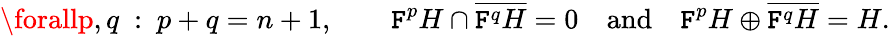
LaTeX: \forallp,q\ :\ p+q=n+1,\qquad\mathtt{F}^{p}H\cap{\overline{{{\mathtt{F}^{q}H}}}}=0\quad{\mathrm{{and}}}\quad\mathtt{F}^{p}H\oplus{\overline{{{\mathtt{F}^{q}H}}}}=H.